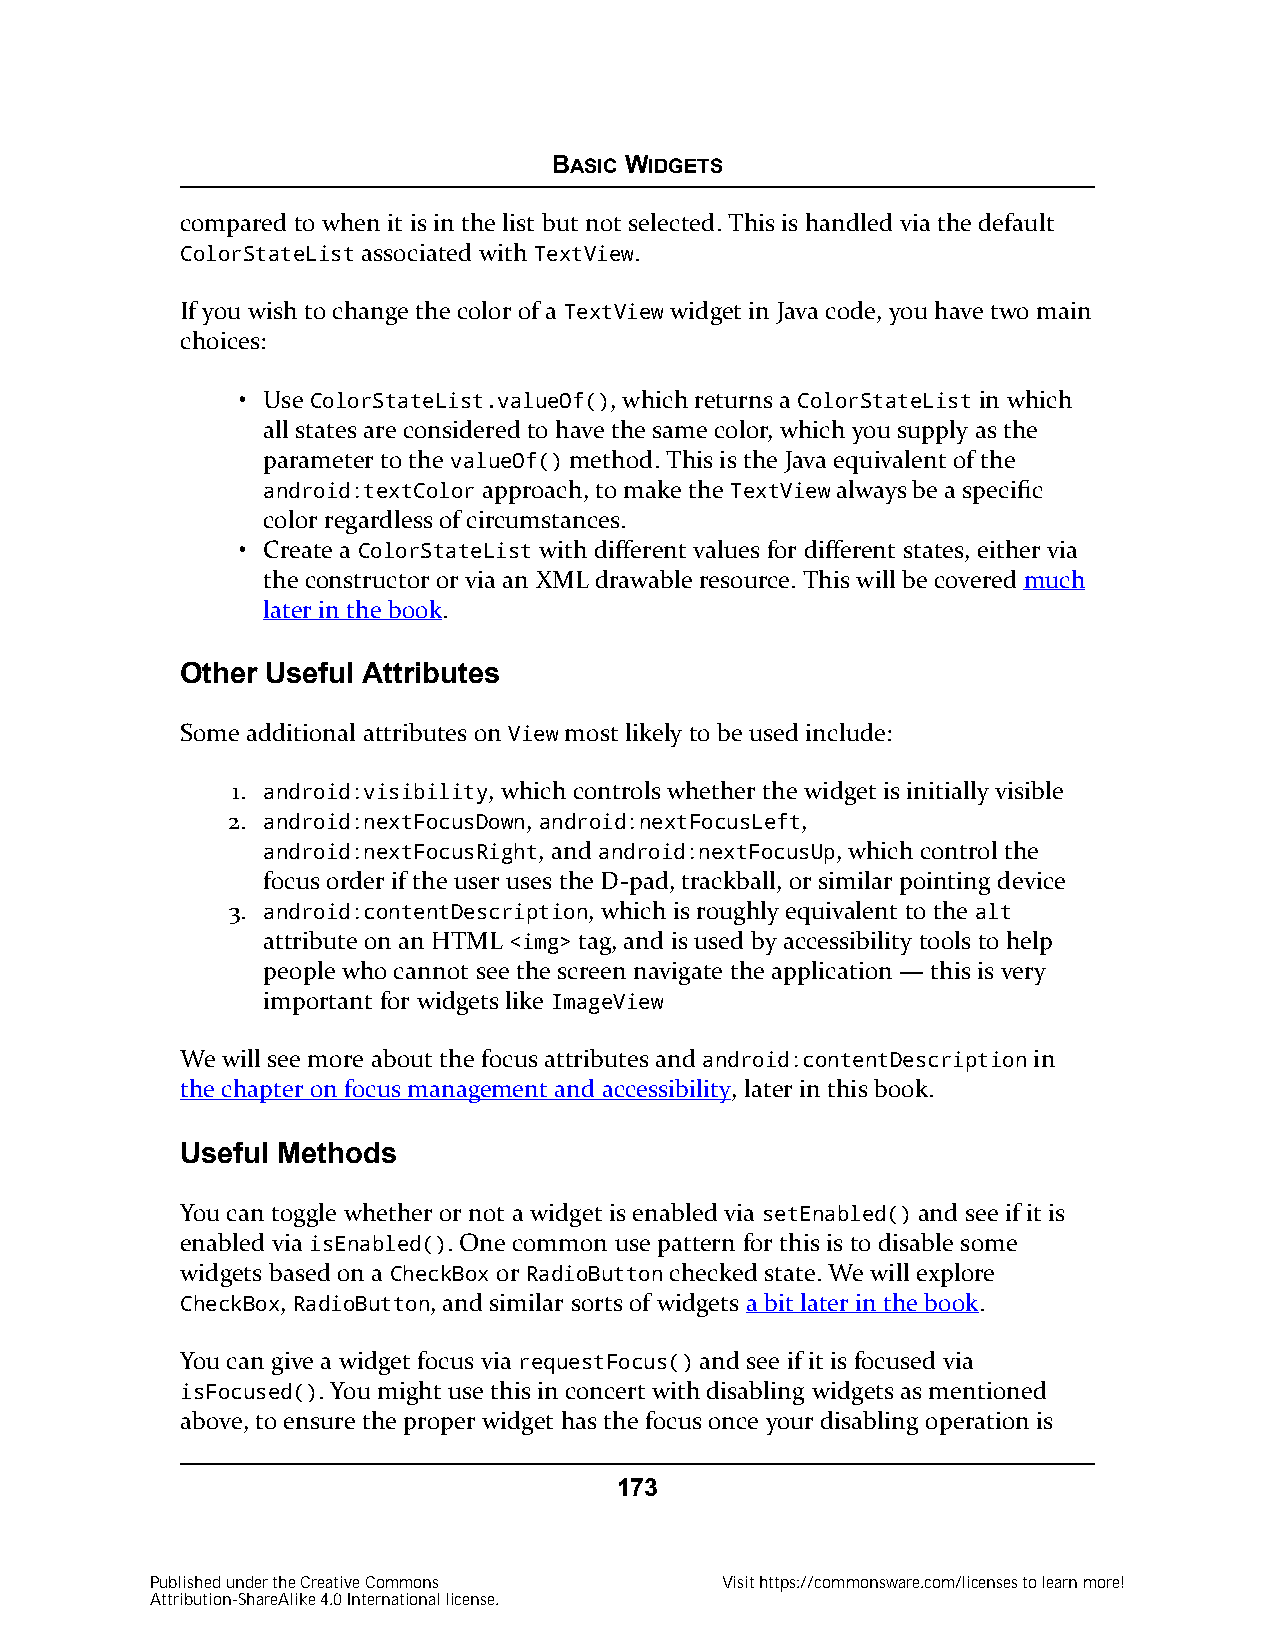
BASIC WIDGETS
 compared to when it is in the list but not selected. This is handled via the default
 ColorStateList associated with TextView.
 If you wish to change the color of a TextView widget in Java code, you have two main
 choices:
 • Use ColorStateList.valueOf(), which returns a ColorStateList in which
 all states are considered to have the same color, which you supply as the
 parameter to the valueOf() method. This is the Java equivalent of the
 android:textColor approach, to make the TextView always be a specific
 color regardless of circumstances.
 • Create a ColorStateList with different values for different states, either via
 the constructor or via an XML drawable resource. This will be covered much
 later in the book.
 Other Useful Attributes
 Some additional attributes on View most likely to be used include:
 1. android:visibility, which controls whether the widget is initially visible
 2. android:nextFocusDown, android:nextFocusLeft,
 android:nextFocusRight, and android:nextFocusUp, which control the
 focus order if the user uses the D-pad, trackball, or similar pointing device
 3. android:contentDescription, which is roughly equivalent to the alt
 attribute on an HTML  tag, and is used by accessibility tools to help
 people who cannot see the screen navigate the application — this is very
 important for widgets like ImageView
 We will see more about the focus attributes and android:contentDescription in
 the chapter on focus management and accessibility, later in this book.
 Useful Methods
 You can toggle whether or not a widget is enabled via setEnabled() and see if it is
 enabled via isEnabled(). One common use pattern for this is to disable some
 widgets based on a CheckBox or RadioButton checked state. We will explore
 CheckBox, RadioButton, and similar sorts of widgets a bit later in the book.
 You can give a widget focus via requestFocus() and see if it is focused via
 isFocused(). You might use this in concert with disabling widgets as mentioned
 above, to ensure the proper widget has the focus once your disabling operation is
 173
 Published under the Creative Commons  Visit https://commonsware.com/licenses to learn more!
 Attribution-ShareAlike 4.0 International license.